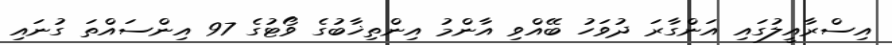
އިސްރާއީލުގައި އަންގާރަ ދުވަހު ބޭއްވި އާންމު އިންތިޚާބުގެ ވޯޓުގެ 97 އިންސައްތަ ގުނައި